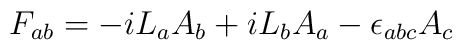
F_{ab} = -i L_a A_b + iL_b A_a -\epsilon_{abc}A_c